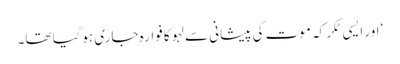
‘ اور ایسی ٹکر کہ موت کی پیشانی سے لہو کا فوارہ جاری ہوگیا تھا۔